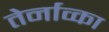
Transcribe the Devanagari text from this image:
तेर्नाव्का